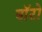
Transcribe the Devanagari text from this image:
बाॅटो